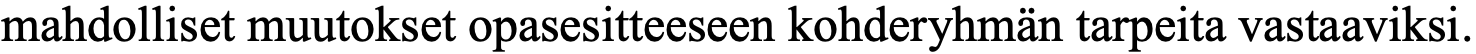
mahdolliset muutokset opasesitteeseen kohderyhmän tarpeita vastaaviksi.